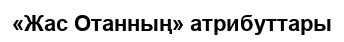
«Жас Отанның» атрибуттары